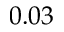
0 . 0 3